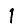
Digit: 1